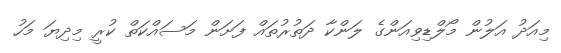
މިއަދު އަލުން މޯލްޑިވިއަންގެ ލަންކާ ދަތުރުތައް ފަށަން މަސައްކަތް ކުރީ މިދިޔަ މަހު